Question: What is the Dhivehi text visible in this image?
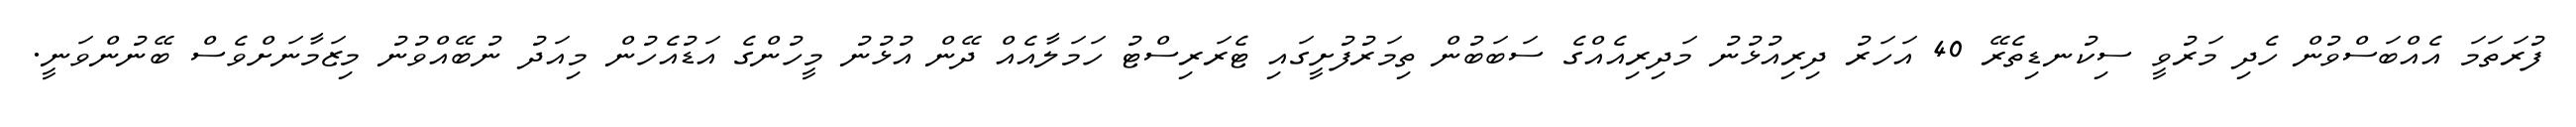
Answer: ފުރަތަމަ އެއްބަސްވުން ހެދި މަރުވީ ސިކުނޑިތެރޭ 40 އަހަރު ދިރިއުޅުނު މަދިރިއެއްގެ ސަބަބުން ތިމަރުފުށީގައި ޓެރަރިސްޓު ހަމަލާއެއް ދޭން އުޅުނު މީހުންގެ އަޑުއެހުން މިއަދު ނުބޭއްވުނު މިޒަމާނަށްވެސް ބޭނުންވަނީ.